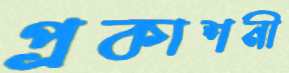
প্রকাশনী